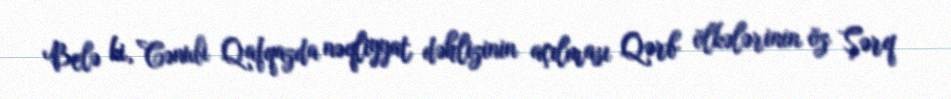
Belə ki, Cənubi Qafqazda nəqliyyat dəhlizinin açılması Qərb ölkələrinin öz Şərq